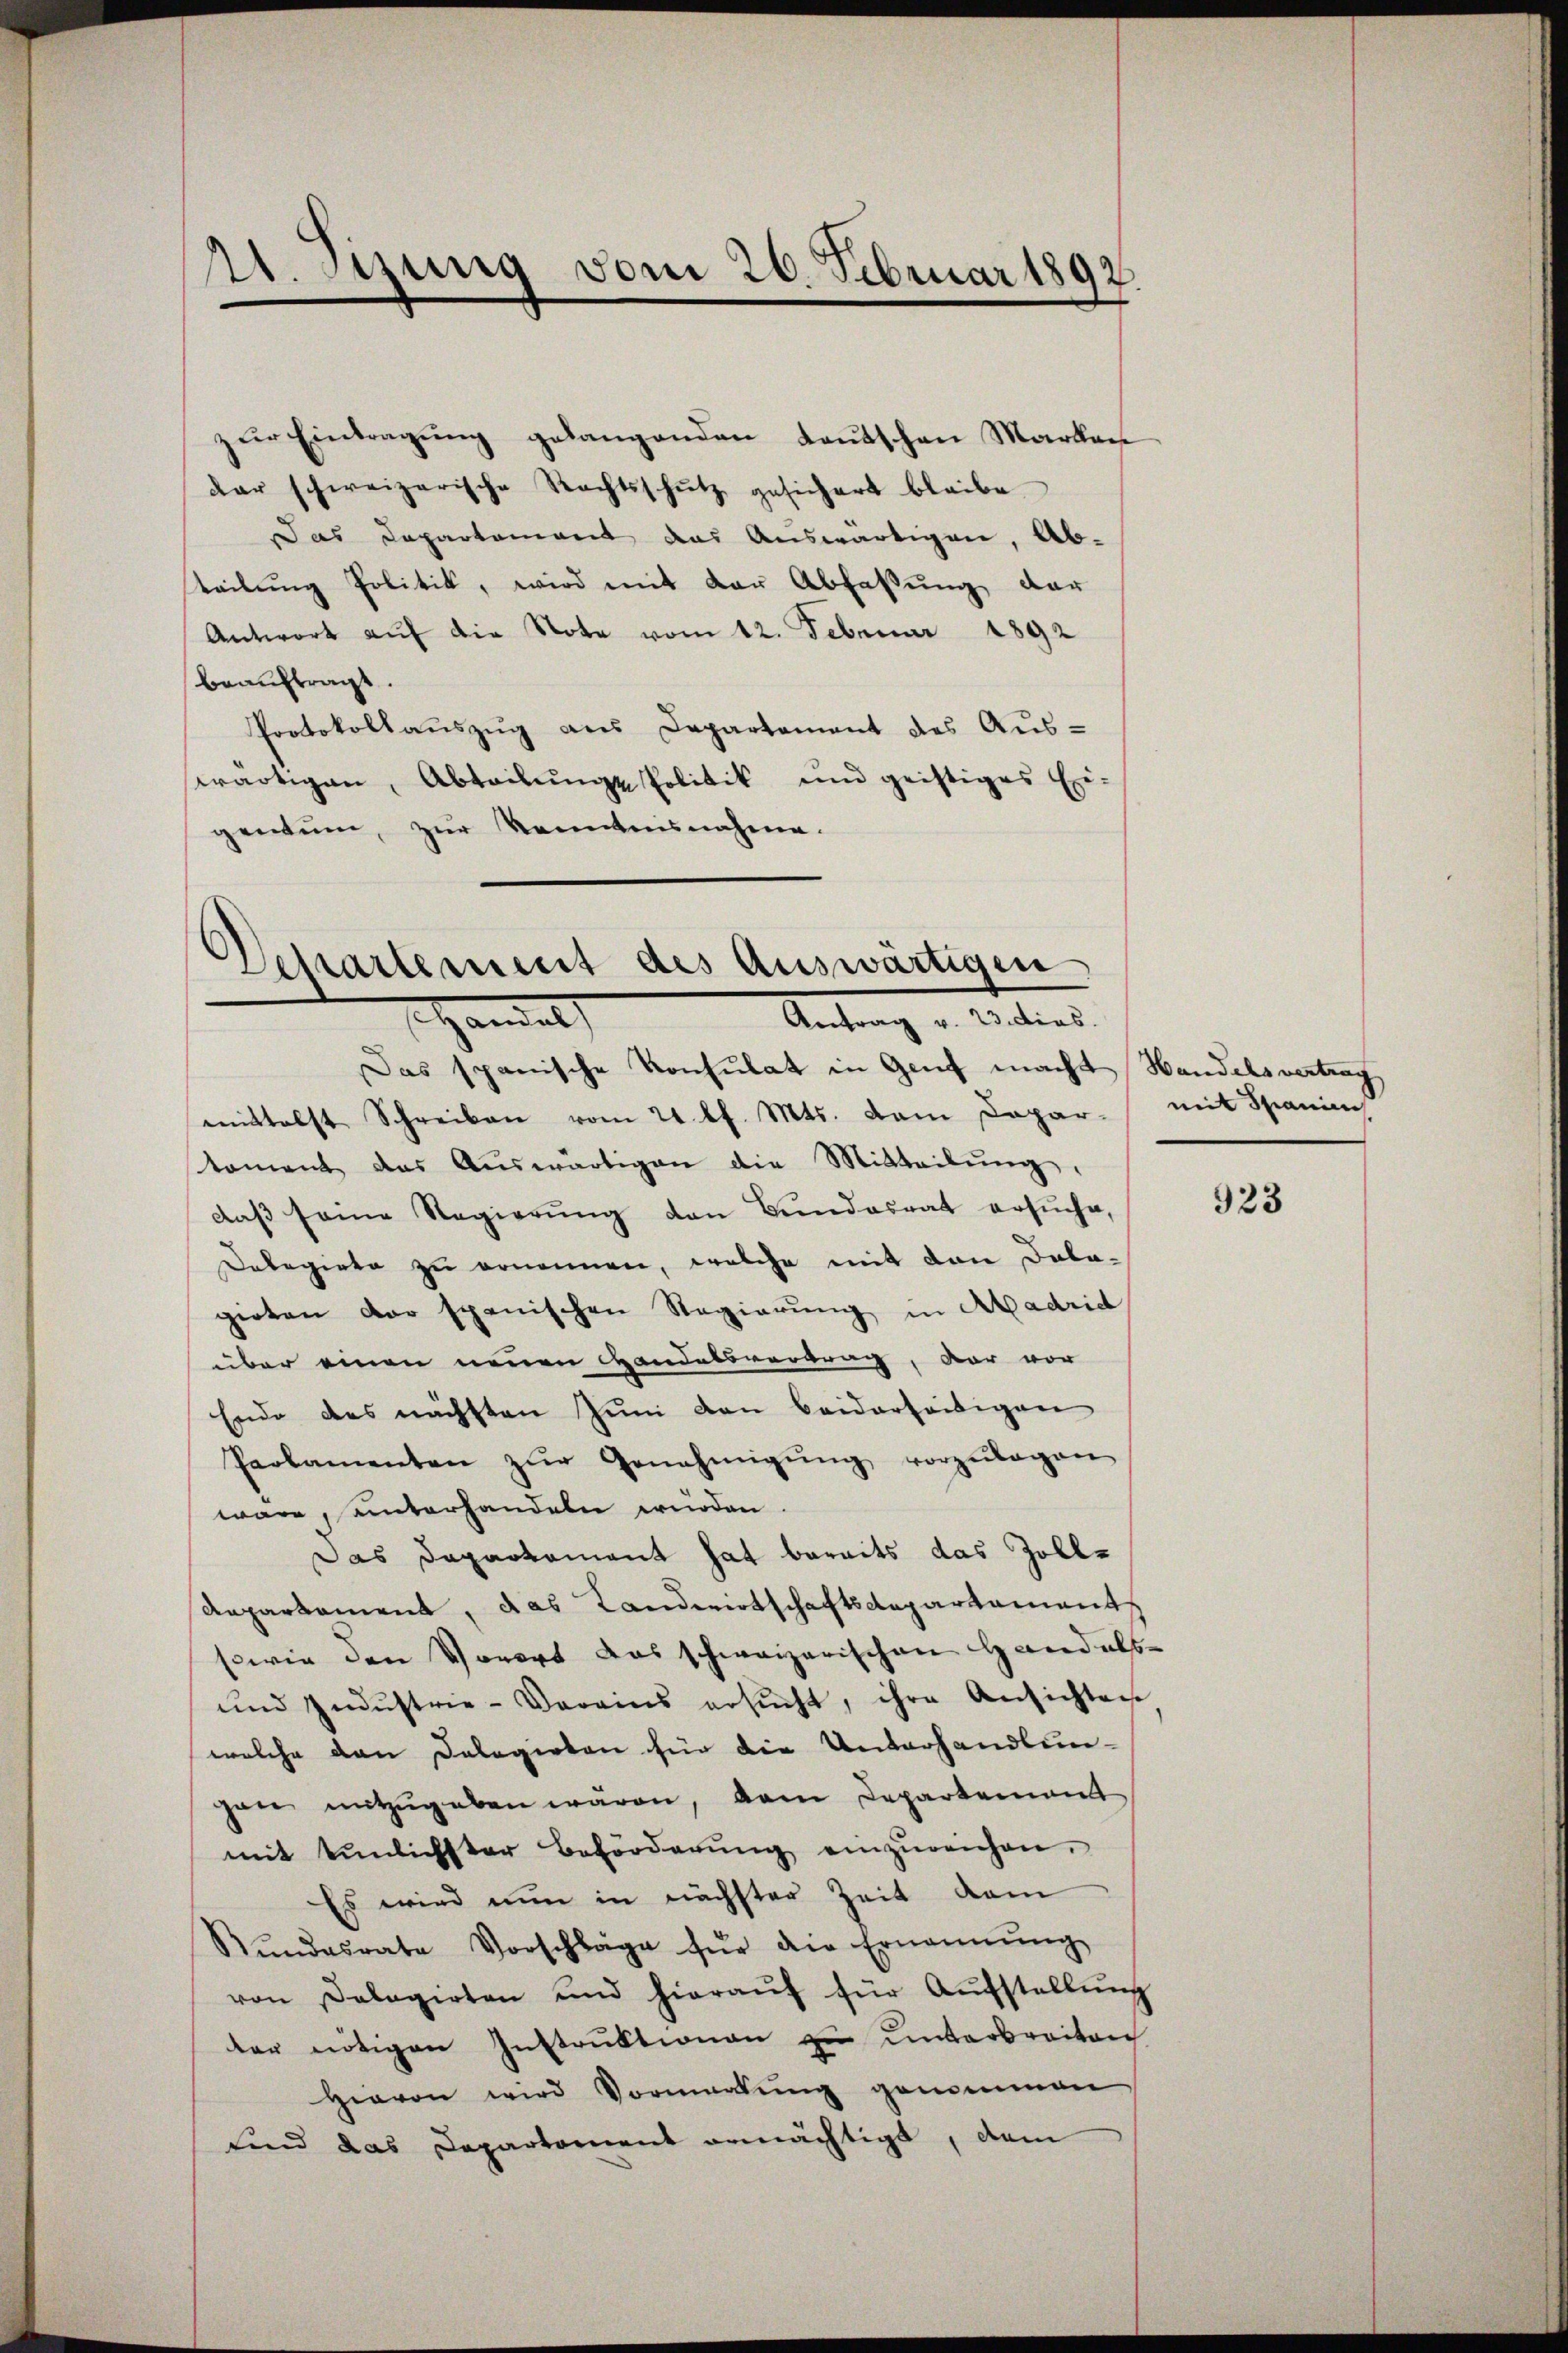
11. Stung vom 26. Februar 1892.

zur Eintragung gelangenden Lautschen Markan
dar schweizerische Rechtsschŭtz gesichert bleibe
Das Departement das Auswärtigen, Abteilung Politik, wird mit der Abfassung der
Antwort auf die Note vom 12. Februar 1892
beauftragt.
Protokollaŭszŭg ans Departement des Aŭs-
wärtigen, Abteilŭngs Politik und geistiges Exi-
gentum, zŭr Kenntnisnahme.

Departement des Auswärtigen
Handel
Antrag v. 23. dies

Das spanische Konsulat in Genf macht Handelsvertrag
mittelst Schreiben vom 21. l. Mts. vom Copar- mit Spanien
tament das Aŭswärtigen die Mitteilŭng,
daβ seine Regierŭng den Bundesrat ersuche,
Delegirte zu ernennen, welche mit den Dolagieten der spanischen Regierung in Aadric
über einen neuen Handelsvertrag, der vor
Ende des nächsten Juni den beiderseitigen
Parlamenten zŭr Genehmigŭng vorzŭlegen
wäre, unterhandeln würden.
Das Dapartament hat bereits das Zoll¬
Aepartament, das Landwirtschaftsdepartements
sowie den Vorort das schweizerischen Handels-
und Indŭstrie-Vereins ersŭcht, ihre Ansichten
welche den Delegirten für die Unterhandlun-
gan mitzŭgeben wären, dem Departement
mit tŭnlichster Beförderŭng einzŭreichen,
Es wird nun in nächster Zeit dem
Rŭndesrate Vorschläge für die Ernennung
von Delegirten und hieraŭf für Aŭfstellŭng
ter nötigen Instruktionen zu unterbreiten
Hievon wird Vormerkung genommen
sind das Departement ermächtigt, dem

923